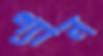
গ্যান